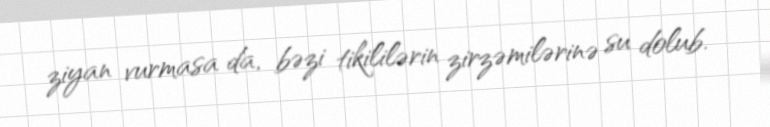
ziyan vurmasa da, bəzi tikililərin zirzəmilərinə su dolub.